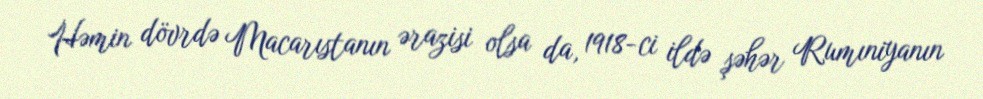
Həmin dövrdə Macarıstanın ərazisi olsa da, 1918-ci ildə şəhər Rumıniyanın